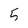
Character: 5